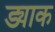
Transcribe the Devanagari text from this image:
ड्याक